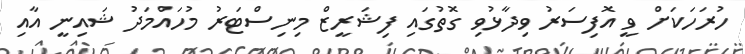
ހުރަހަކަށް ވީ އޮފިސަރު ވިދާޅުވި ގޮތުގައި ފިޝަރީޒް މިނިސްޓަރު މުހައްމަދު ޝައިނީ އާއި